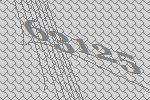
63125